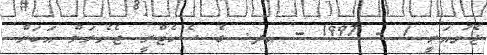
ޖެނުއަރީ 1 - 1997 - އދ. ގެ ސެކެޓްރީ ޖެނެރަލް އަކަށް